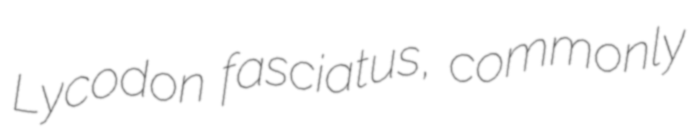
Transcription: Lycodon fasciatus, commonly